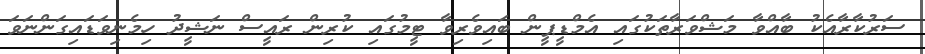
ސަރުކާރާއެކު ބާއްވާ މަޝްވަރާތަކުގައި އެމްޑީޕީން ބައިވެރިވާ ޓީމުގައި ކުރިން ރައީސް ނަޝީދު ހިމެނިވަޑައިގަންނަވަ